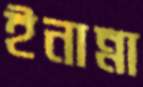
ইনান্না